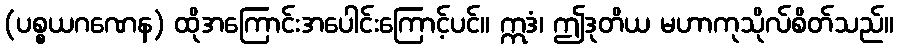
(ပစ္စယဂဏေန) ထိုအကြောင်းအပေါင်းကြောင့်ပင်။ ဣဒံ၊ ဤဒုတိယ မဟာကုသိုလ်စိတ်သည်။